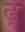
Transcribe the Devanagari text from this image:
ढ़्